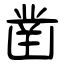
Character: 凿